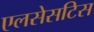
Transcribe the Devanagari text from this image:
एलसेसटिस